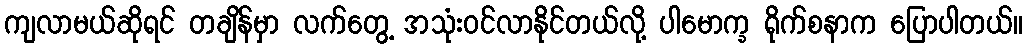
ကျလာမယ်ဆိုရင် တချိန်မှာ လက်တွေ့ အသုံးဝင်လာနိုင်တယ်လို့ ပါမောက္ခ ရိုက်စနာက ပြောပါတယ်။